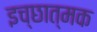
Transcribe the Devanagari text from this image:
इच्छात्मक